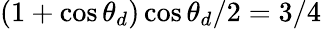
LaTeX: (1+\cos\theta_{d})\cos\theta_{d}/2=3/4